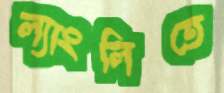
ল্যাংলিতে